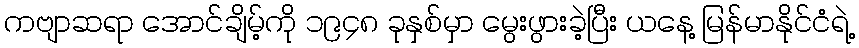
ကဗျာဆရာ အောင်ချိမ့်ကို ၁၉၄၈ ခုနှစ်မှာ မွေးဖွားခဲ့ပြီး ယနေ့ မြန်မာနိုင်ငံရဲ့